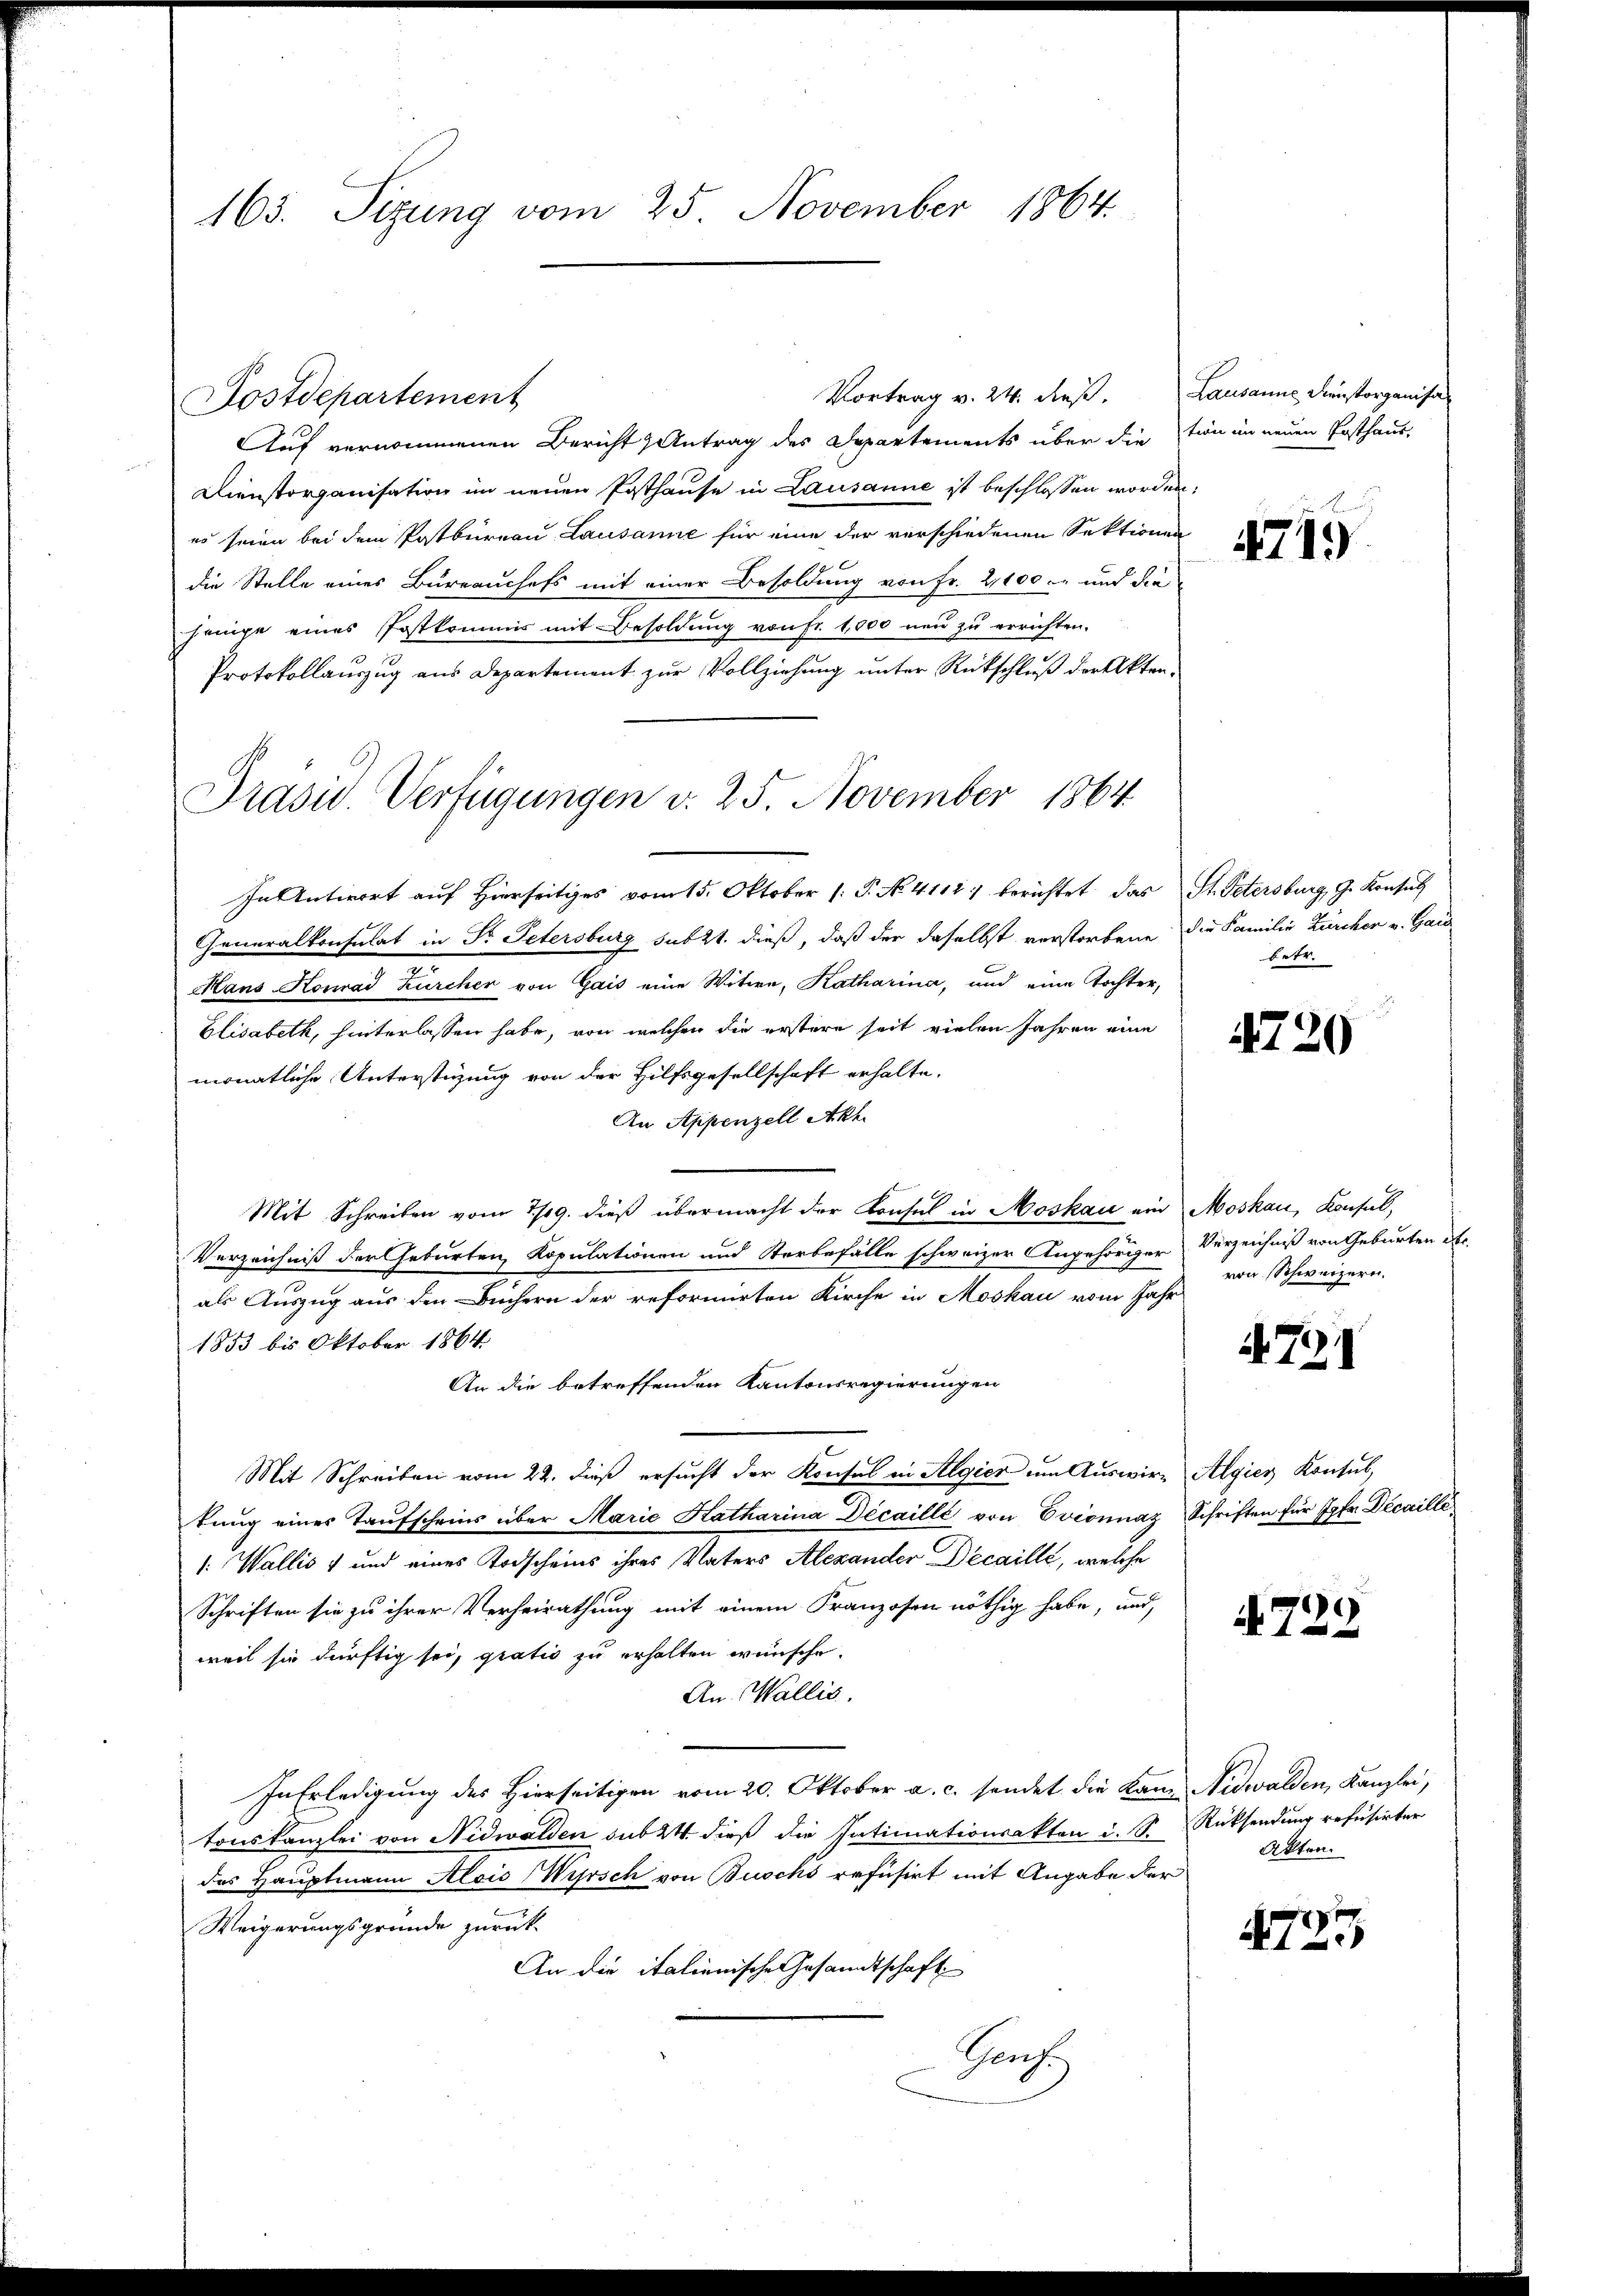
165. Sizung vom 25. November 1864.

Auf vernommenen Bericht Antrag des Departements über die stion in neuen Posthaus-
Dienstorganisation im neuen Posthause in Lausanne ist beschlossen worden,
es seien bei dem Postbureau Lausanne für eine der verschiedenen Sektionen
die Stelle eines Bureauchefs mit einer Besoldung von Fr. 2100.- und die
heinige eines Postkommis mit Besoldung von fr. 1000 neu zu errichten.
Protokollauszug aus Departement zur Vollziehung unter Rückschluß der Akten¬
In Antwort auf Hierseitiges vom 15. Oktober (: P. No. 4111) berichtet das St. Petersburg, G. Konsul
Generalkonsulat in Fr. Petersburg subzt. dieß, daß der daselbst verstorbene die Familie Zürcher v. Gar
Mans Konrad Zürcher von Gais eine Witwe, Katharina, und eine Tochter,
Elisabeth, hinterlassen habe, von welchen die erstere seit vielen Jahren eine
monatliche Unterstüzung von der Hilfsgesellschaft erhalte.
An Appenzell Akh
Mit Schreiben vom 2/19. dieß übermacht der Konsul in Moskau ein Moskau, Konsul,
Verzeichniß der Geburten, Kopulationen und Sterbefälle schweizer Angehörger Verzeichniß von Geburten des
als Auszug aus den Büchern der reformirten Kirche in Moskau vom Jahr
1853 bis Oktober 1864
An die betreffenden Kantonsregierungen
Mit Schreiben vom 22. dieß ersucht der Konsul in Algier um Auswir- Algier Konsul,
tung eines Taufscheins über Marie Katharina Décaille von Evconnaz Schriften für Jgfr. Decaillé
: Wallis und eines Todscheins ihres Vaters Alexander Decaille, welche
Schriften sie zu ihrer Verheirathung mit einem Franzosen nöthig habe, und,
weil sie dürftig sei, grativ zu erhalten wünsche.
An: Wallis,
In Erledigung des Hierseitigen vom 20. Oktober a. c. sendet die kam Nidwalden, Kanzlei,
tonskanzlei von Nidwalden sub 24. dieß die Intimationsakten i. S. Rücksendung refusirter
des Hauptmann Alois Wirsch von Buschs refusirt mit Angabe der
Weigerungsgründe zurück
An die italienische Gesandtschaft
Hoch

Dostdepartement

Prasis. Verfügungen v. 25. November 1864

Vortrag v. 24. dieß. Lausanne dienstorganisa¬

4719

betr.

4720

von Schweizern.

if. 721

4729.

Akten.

472